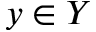
y \in Y